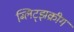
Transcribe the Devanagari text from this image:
ब्लिट्झक्रीग